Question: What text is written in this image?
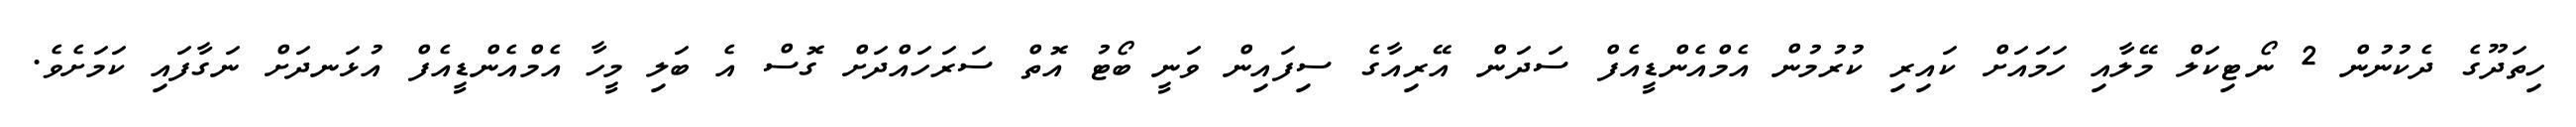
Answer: ހިތަދޫގެ ދެކުނުން 2 ނޯޓިކަލް މޭލާއި ހަމައަށް ކައިރި ކުރުމުން އެމްއެންޑީއެފް ސަދަން އޭރިއާގެ ސިފައިން ވަނީ ބޯޓު އޮތް ސަރަހައްދަށް ގޮސް އެ ބަލި މީހާ އެމްއެންޑީއެފް އުޅަނދަށް ނަގާފައި ކަމަށެވެ.